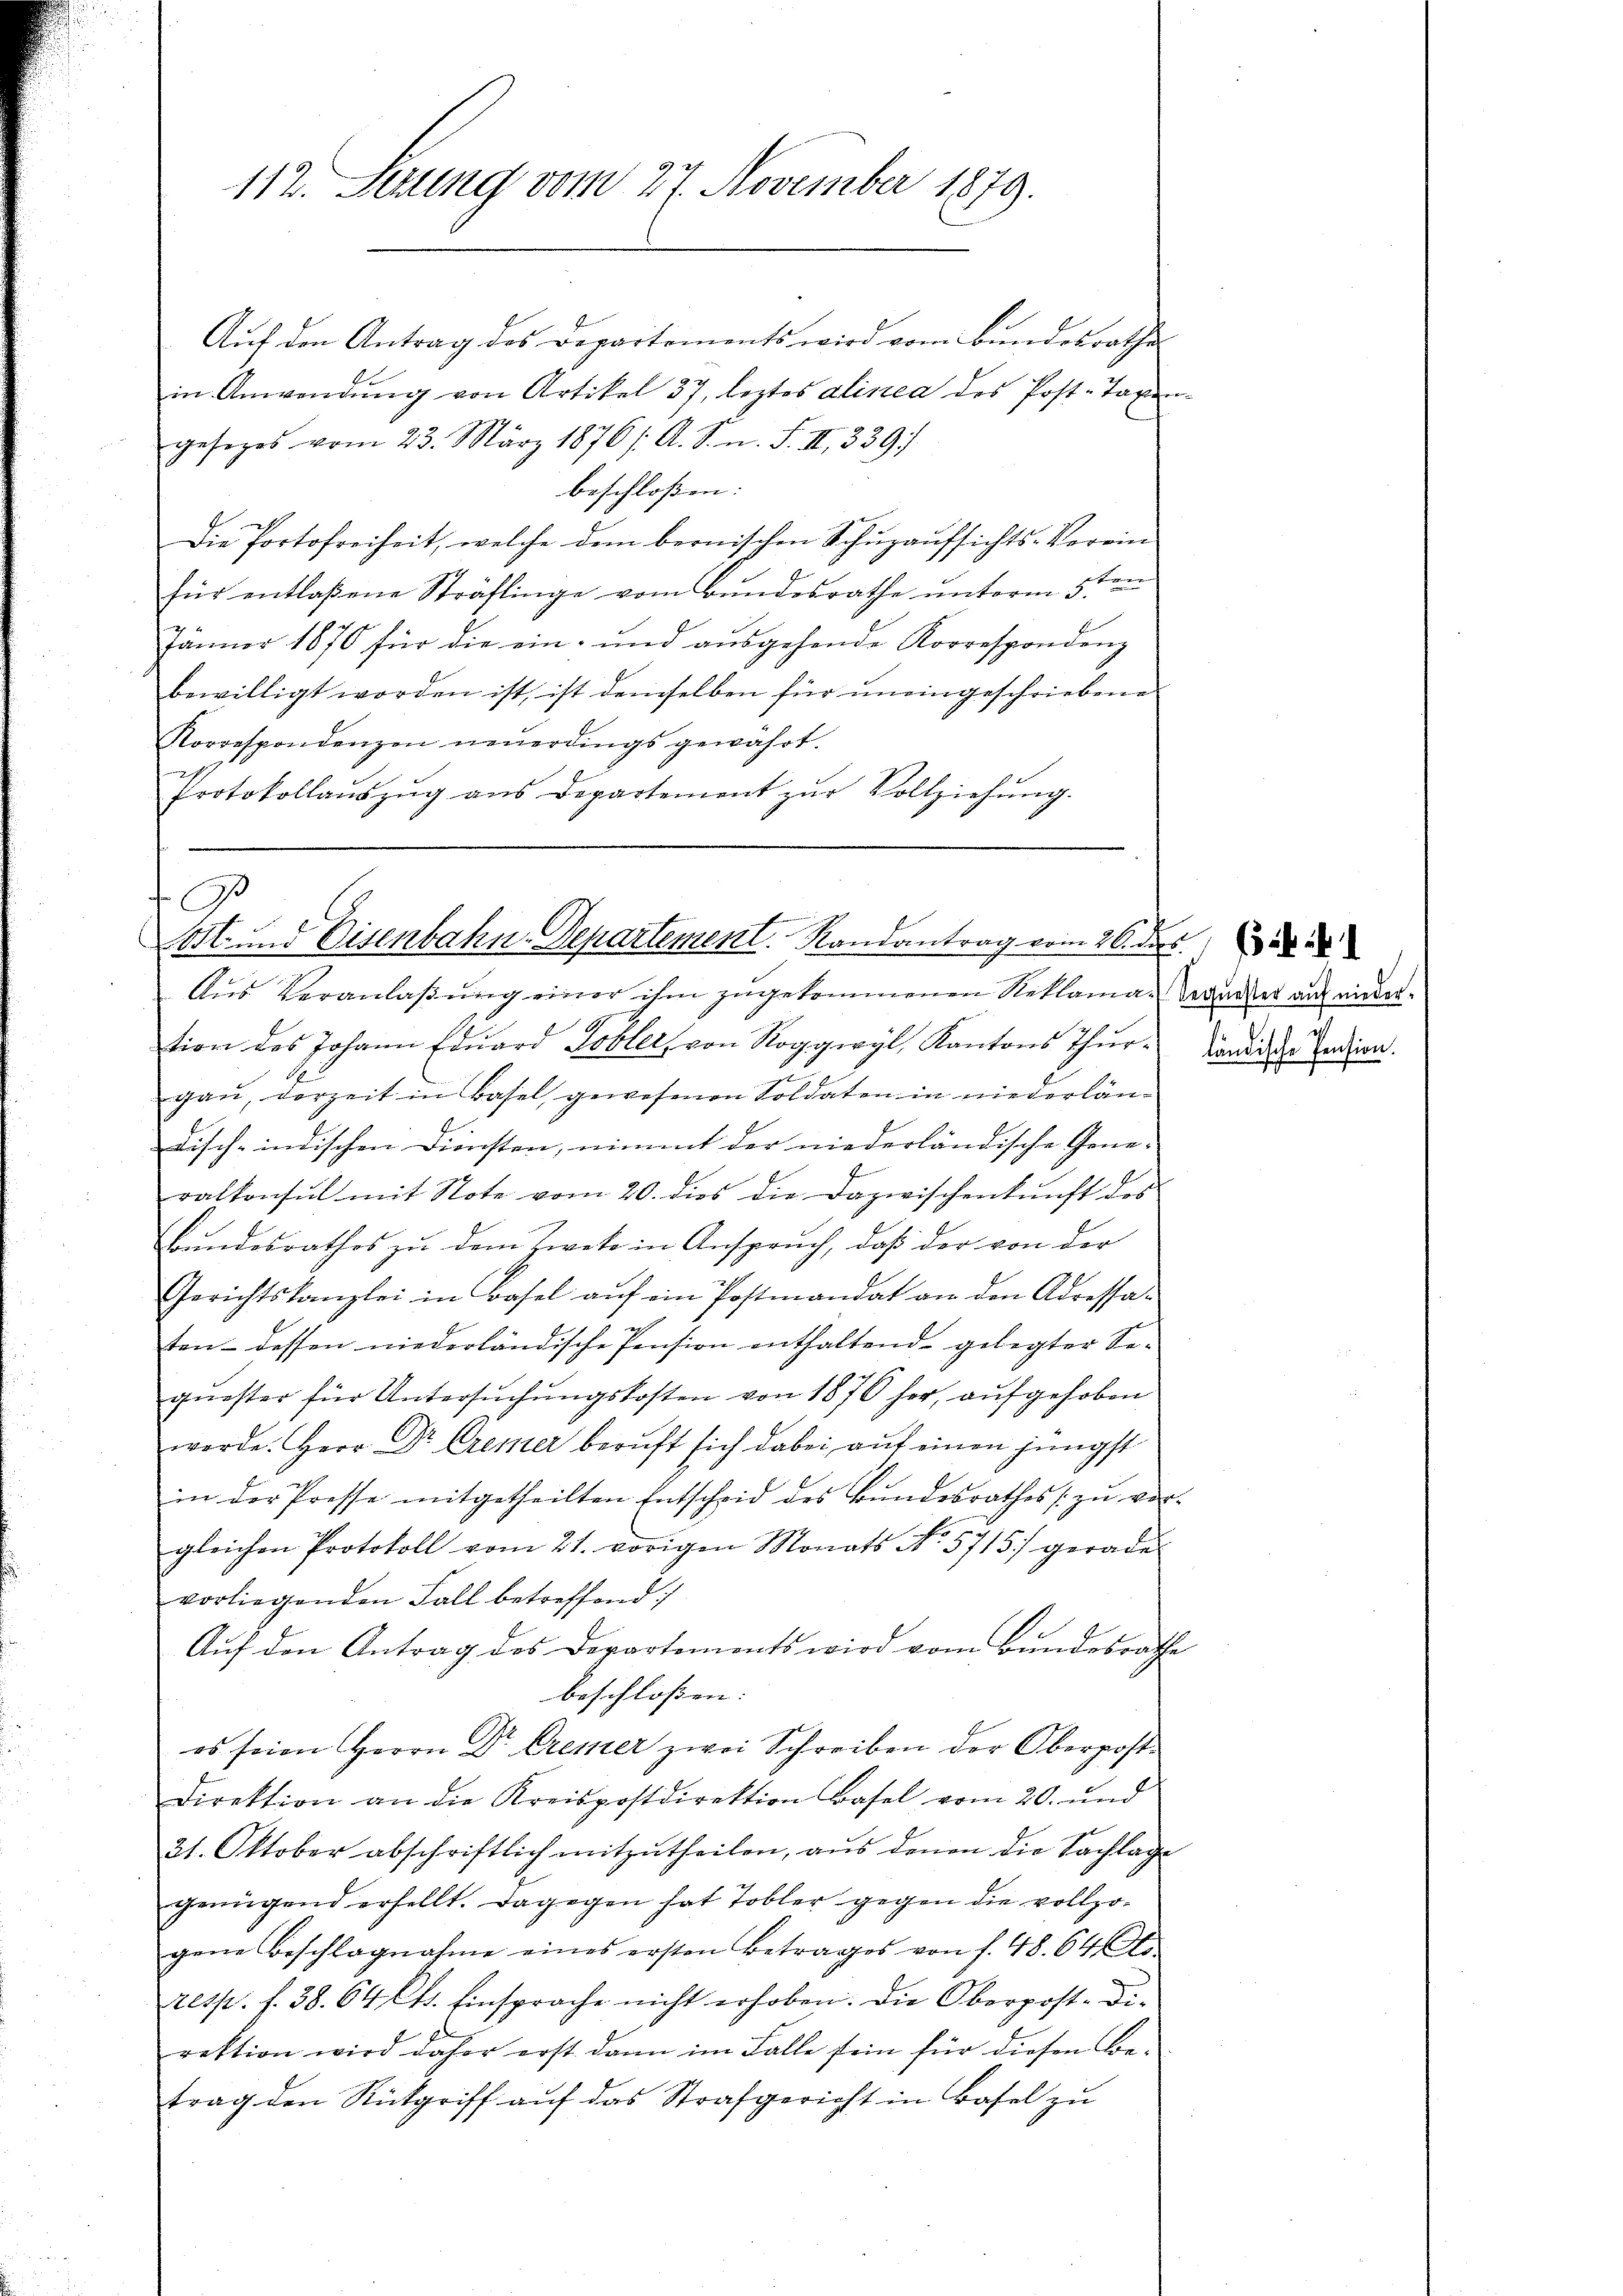
Auf den Antrag des Departements wird vom Bundesrathe
in Anwendŭng von Artikel 37, leztes alinea des Post-Tagen-
gesezes vom 23. März 1876 /: A. S. n. F. III 339.
beschloßen:
Die Portofreiheit, welche dem bernischen Schuzaufsichts-Verein
für entlaßene Sträflinge vom Bundesrathe unterm 5ten
Jänner 1876 für die ein- und aŭsgehende Korrespondenz
bewilligt worden ist, ist demselben für uneingeschriebene
Korrespondenzen neuerdings gewährt.
Protokollaŭszŭg ans Departement zŭr Vollziehŭng.

112. Sezung vom 27. November 1879.

9
Ost- und Eisenbahn-Departement. Randantrag vom 26. des

Aus Veranlaßung einer ihm zugekommenen Reklama-Soaneder auf eindertion des Johann Edŭard Tobler, von Roggwyl, Kantons Thurgaŭ, vorzeit in Basel, gewesenen Soldaten in niederlän-
Fisch-indischen Diensten, nimmt der niederländische Gene-
ralkonsul mit Note vom 20. dies die Dazwischenkunft des
Bundesrathos zu dem Zweke in Anspruch, daß der von der
Gerichtskanzlei in Basel aŭf ein Postmandat an den Adressaten dessen niederländische Pension enthaltend gelegter Sequester für Untersŭchŭngskosten von 1870 her, aufgehoben
werde. Herr Dr. Cremer beruft sich dabei auf einen jüngst
in der Presse mitgetheilten Entscheid des Bundesrathes zu ver-
gleichen Protokoll vom 21. vorigen Monats No. 5715/ gerade
vorliegenden Fall betreffend
Auf den Antrag des Departements wird vom Bundesrathe
beschlossen: |
es seien Herrn Dr Creser zwei Schreiben der Oberpost-
Direktion an die Kreispostdirektion Basel vom 20. und
21. Oktober abschriftlich mitzŭtheilen, aŭs denen die Sachlage
genügend erhellt. Dagegen hat Tobler gegen die vollzogene Beschlagnahme eines ersten Betrages von f. 48. 646.
resp. f. 38. 64 Cts. Einsprache nicht erhoben. Die Oberpost-Direktion wird daher erst dann im Falle sein für diesen Betrag den Rückgriff aŭf das Strafgericht in Basel zu

d
ländische Pension.